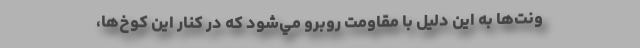
ونت‌ها به اين دليل با مقاومت روبرو مي‌شود كه در كنار اين كوخ‌ها،